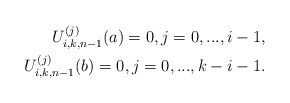
\begin{align*}U_{i,k,n-1}^{(j)}(a)=0, j=0,...,i-1,\\U_{i,k,n-1}^{(j)}(b)=0,j=0,...,k-i-1.\end{align*}